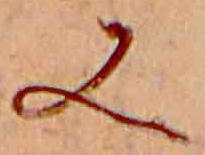
又